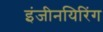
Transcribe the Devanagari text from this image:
इंजीनयिरिंग